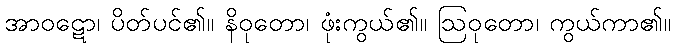
အာဝဋော၊ ပိတ်ပင်၏။ နိဝုတော၊ ဖုံးကွယ်၏။ ဩဝုတော၊ ကွယ်ကာ၏။